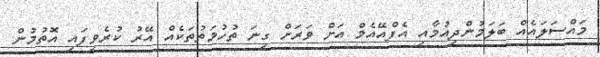
މައްސަލައެއް ބަލަމުންދިއުމާއި އެފްއޭއެމް އަށް ވަރަށް ގިނަ ތުހުމަތުތަކެއް އޭރު ކުރެވިފައި އޮތުމުން